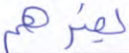
يضرهم